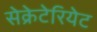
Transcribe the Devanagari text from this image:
सेक्रेटेरियेट